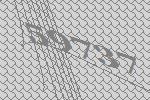
59737